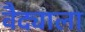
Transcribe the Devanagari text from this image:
वैद्याला